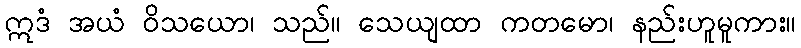
ဣဒံ အယံ ဝိသယော၊ သည်။ သေယျထာ ကတမော၊ နည်းဟူမူကား။